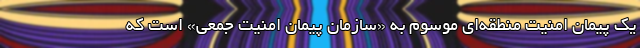
یک پیمان امنیت منطقه‌ای موسوم به «سازمان پیمان امنیت جمعی» است که